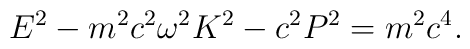
E^{2}-m^{2}c^{2}\omega^{2}K^{2}-c^{2}P^{2}=m^{2}c^{4} .